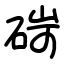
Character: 碋